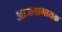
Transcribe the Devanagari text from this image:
आजतागायक